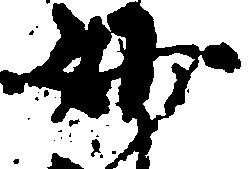
妙